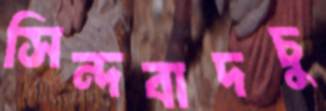
সিন্দবাদচু